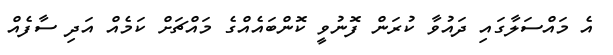
އެ މައްސަލާގައި ދައުވާ ކުރަން ފޮނުވީ ކޮންބައެއްގެ މައްޗަށް ކަމެއް އަދި ސާފެއް